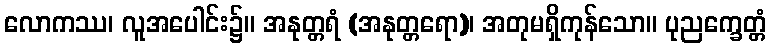
လောကဿ၊ လူအပေါင်း၌။ အနုတ္တရံ (အနုတ္တရော)၊ အတုမရှိကုန်သော။ ပုညက္ခေတ္တံ